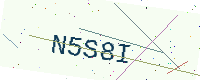
Text: N5S8I